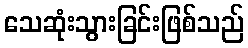
သေဆုံးသွားခြင်းဖြစ်သည်